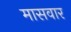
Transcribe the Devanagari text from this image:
मासवार